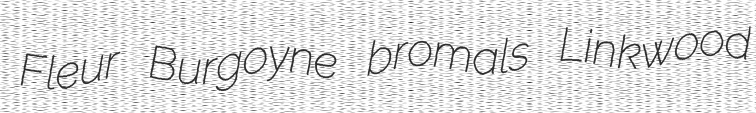
Fleur Burgoyne bromals Linkwood